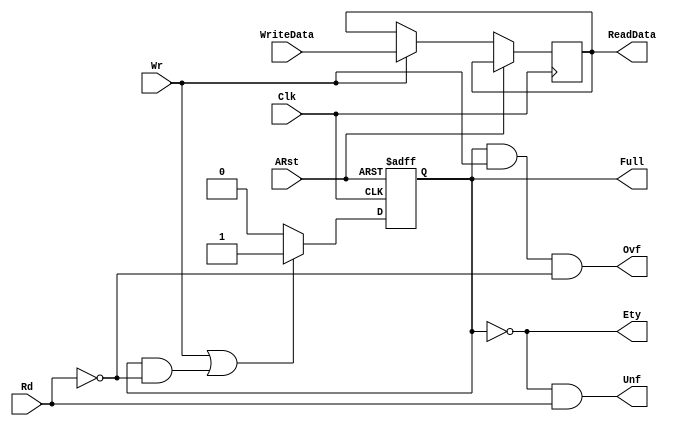
`timescale 1ns/100ps
`default_nettype none
module oneWordFifo #(
    parameter DW=32
) (
    input wire          Clk,
    input wire          ARst,
    input wire [DW-1:0] WriteData,
    output reg [DW-1:0] ReadData,
    input wire          Wr,
    input wire          Rd,
    output wire         Ety,
    output wire         Full,
    output wire         Ovf,
    output wire         Unf
);
    reg             dataValid;

    assign Ety = ~dataValid;
    assign Full = dataValid;
    assign Unf = Ety & Rd;
    assign Ovf = Full & Wr & ~Rd;

    always @(posedge Clk or posedge ARst) begin
        if (ARst == 1'b1) begin
            dataValid <= 0;
        end else begin
            if (Wr || (dataValid && ~Rd)) begin
                dataValid <= 1'b1;
            end else begin
                dataValid <= 0;
            end
            if (Wr) begin
                ReadData <= WriteData;
            end
        end
    end
endmodule